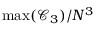
\operatorname* { m a x } ( \mathcal { C } _ { 3 } ) / N ^ { 3 }